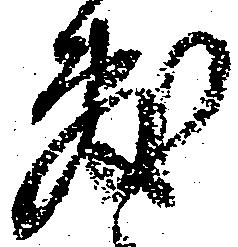
敷